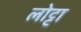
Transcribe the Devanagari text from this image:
लोट्टा